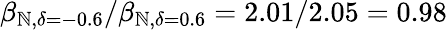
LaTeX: \beta_{\mathbb{N},\delta=-0.6}/\beta_{\mathbb{N},\delta=0.6}=2.01/2.05=0.98